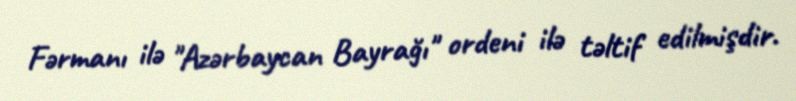
Fərmanı ilə "Azərbaycan Bayrağı" ordeni ilə təltif edilmişdir.